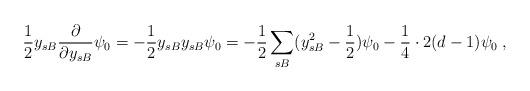
LaTeX: \begin{align*}\frac{1}{2}y_{sB}\frac{\partial}{\partial y_{sB}}\psi_0=-\frac{1}{2}y_{sB}y_{sB}\psi_0=-\frac{1}{2}\sum_{sB}(y_{sB}^2-\frac{1}{2})\psi_0-\frac{1}{4}\cdot 2(d-1)\psi_0\;,\end{align*}